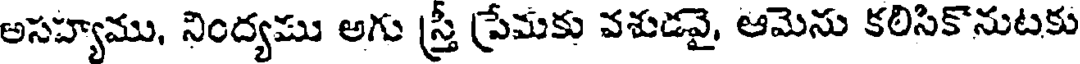
అసహ్యము, నింద్యము అగు స్త్రీ ప్రేమకు వశుడవై, ఆమెను కలిసికొనుటకు